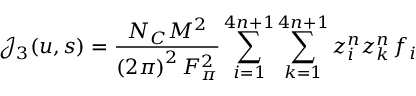
\mathcal { J } _ { 3 } ( u , s ) = \frac { N _ { C } M ^ { 2 } } { \left( 2 \pi \right) ^ { 2 } F _ { \pi } ^ { 2 } } \sum _ { i = 1 } ^ { 4 n + 1 } \sum _ { k = 1 } ^ { 4 n + 1 } z _ { i } ^ { n } z _ { k } ^ { n } \, f _ { i }